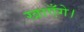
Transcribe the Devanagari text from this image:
खाएँगे।